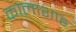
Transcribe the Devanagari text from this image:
कालाशाह